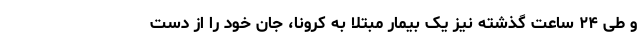
و طی ۲۴ ساعت گذشته نیز یک بیمار مبتلا به کرونا، جان خود را از دست